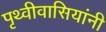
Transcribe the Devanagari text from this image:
पृथ्वीवासियांनी